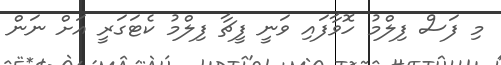
މި ފަސް ފިލްމު ހޮވާފައި ވަނީ ފީޗާ ފިލްމު ކެޓަގަރީ އަށް ނަން